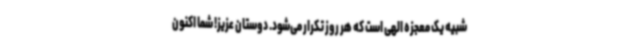
شبیه یک معجزه الهی است که هر روز تکرار می‌شود. دوستان عزیز! شما اکنون